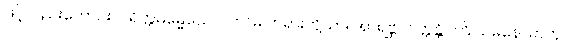
ဖြင့်လည်းကောင်း။ ပရိတ္တဓမ္မေယေဝ၊ ကာမ တရားတို့သာ။ အာရဗ္ဘပဝတ္တန္တိ။ ကြိ ယမနောဓာတု၊